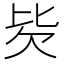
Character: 𰅢